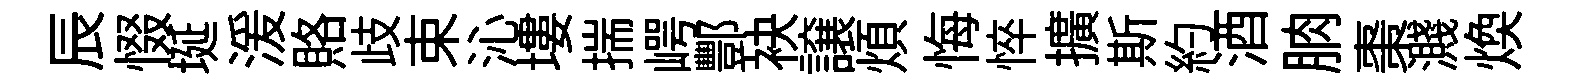
辰惙埏湲賂歧束沁塿揣崿酆袂譲煩悔悴擴斯約酒朒棗濺焕